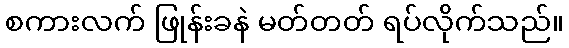
စကားလက် ဖြုန်းခနဲ မတ်တတ် ရပ်လိုက်သည်။